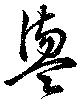
盪